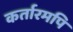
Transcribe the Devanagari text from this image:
कर्तारमपि